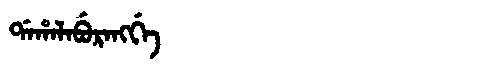
Manchu: ᡩᠠᡥᠠᠯᠠᠪᡠᡵᠠᠩᡤᡝ
Romanization: DAHALABURANGGE